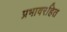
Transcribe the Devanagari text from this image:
प्रभावरहित